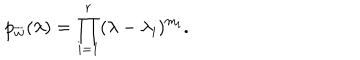
p _ { \overline { { { w } } } } ( \lambda ) = \prod _ { i = 1 } ^ { r } ( \lambda - \lambda _ { i } ) ^ { m _ { i } } .